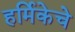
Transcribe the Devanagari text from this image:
हर्मिकेचे